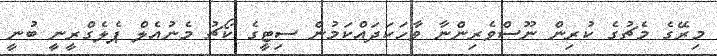
މިރޭގެ މެޗުގެ ކުރިން ނޫސްވެރިންނާ ވާހަކަދައްކަމުން ސިޓީގެ ކޯޗު މެނުއެލް ޕެލެގްރީނީ ބުނީ